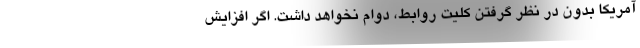
آمریکا بدونِ در نظر گرفتن کلیتِ روابط، دوام نخواهد داشت. اگر افزایش